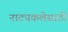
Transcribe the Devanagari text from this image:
नाट्यकलेसाठी